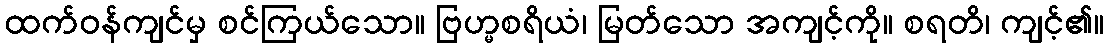
ထက်ဝန်ကျင်မှ စင်ကြယ်သော။ ဗြဟ္မစရိယံ၊ မြတ်သော အကျင့်ကို။ စရတိ၊ ကျင့်၏။